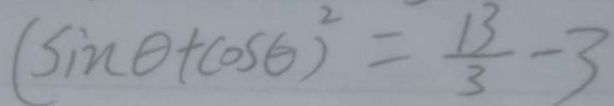
( \sin \theta + \cos \theta ) ^ { 2 } = \frac { 1 3 } { 3 } - 3